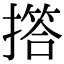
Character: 撘